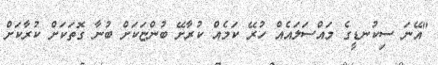
"އޭނަ ސިކުނޑީގެ މައްސަލައެއް ހުރޭ ކަމެއް ކުރާށޭ ބުންޏަކަށް ބުނާ ގޮތަކަށް ކުރާކަށް